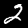
Label: 2